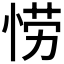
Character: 𫺘